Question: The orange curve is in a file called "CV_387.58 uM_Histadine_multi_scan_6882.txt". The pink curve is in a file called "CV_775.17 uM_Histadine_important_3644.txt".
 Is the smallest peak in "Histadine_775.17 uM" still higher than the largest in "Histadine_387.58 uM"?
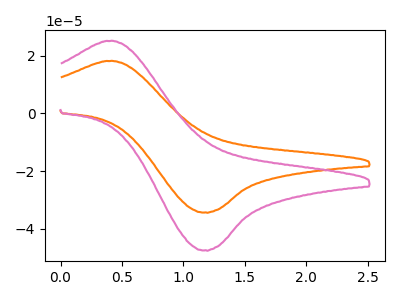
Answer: <think>The orange curve "Histadine_387.58 uM" has an anodic peak at (0.40V, 18.25uA) and a cathodic peak at (1.20V, -34.35uA). The pink curve "Histadine_775.17 uM" has an anodic peak at (0.40V, 25.20uA) and a cathodic peak at (1.20V, -47.50uA).</think>
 <answer>Every peak in "Histadine_775.17 uM" is higher than every peak in "Histadine_387.58 uM".</answer>
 <eval>higher</eval>